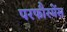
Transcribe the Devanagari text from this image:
परफौरमेंस